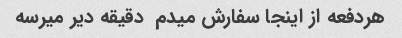
هردفعه از اینجا سفارش میدم  دقیقه دیر میرسه